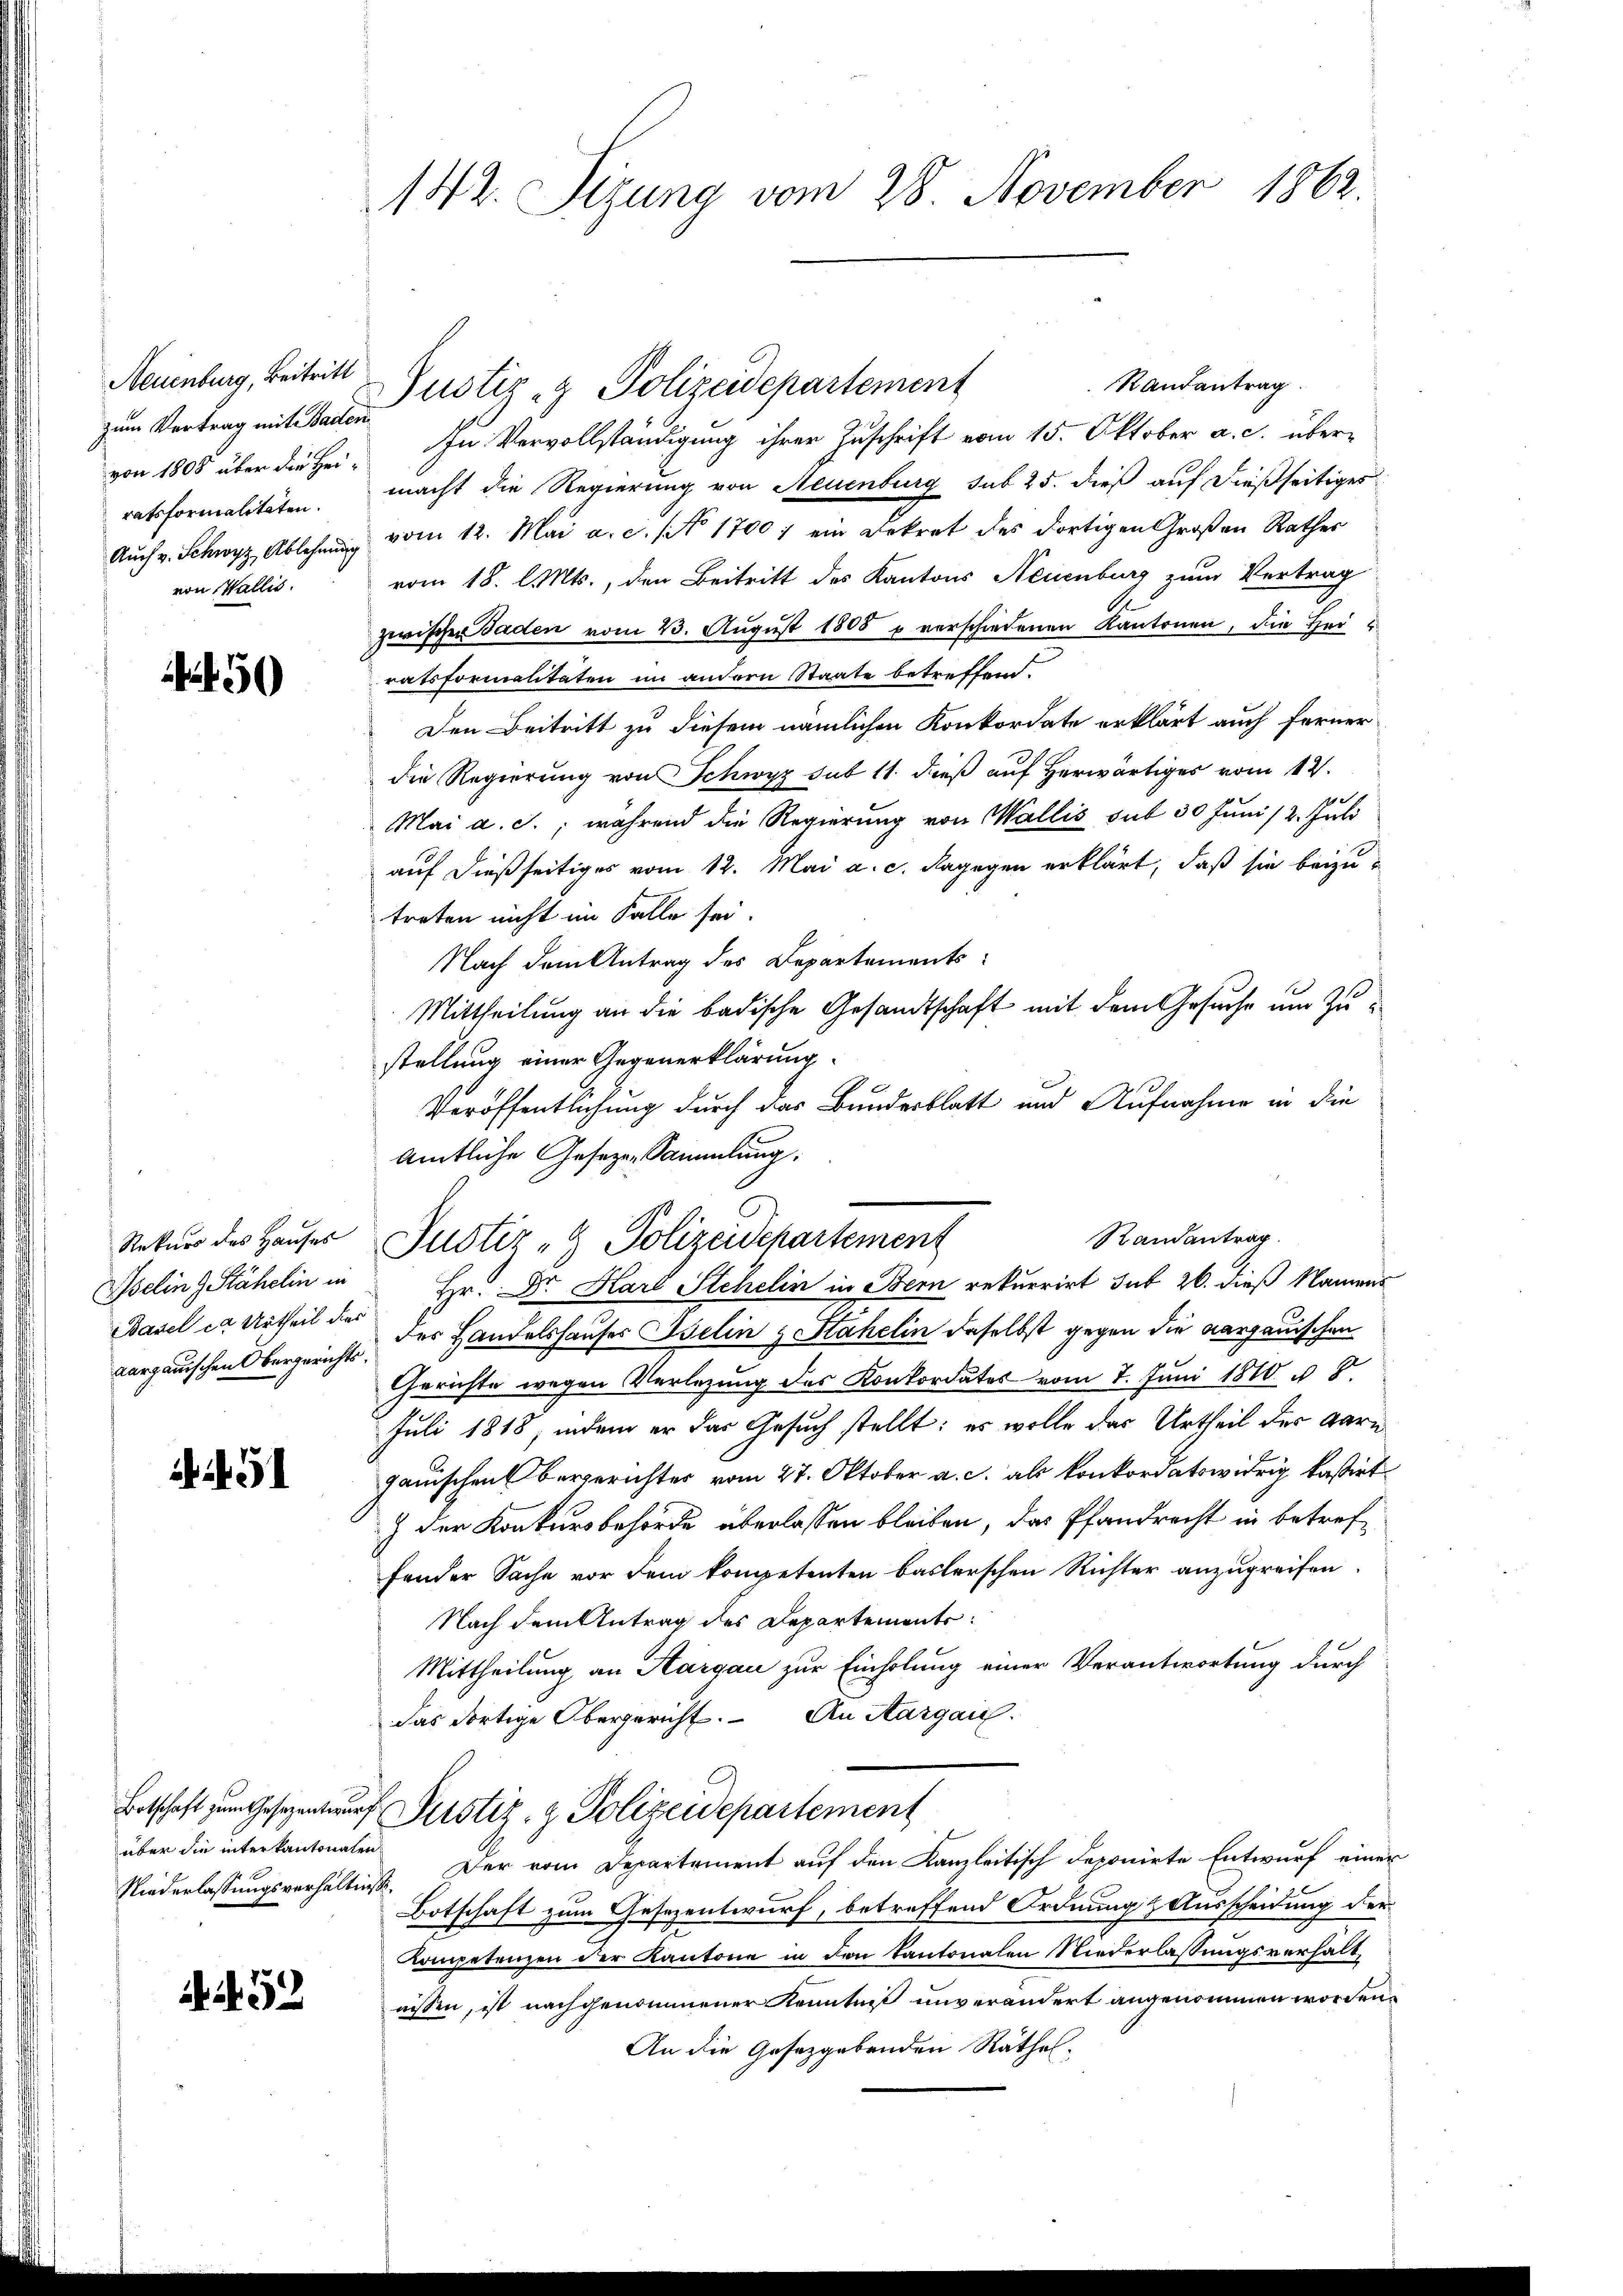
zum Vertrag mit Baden
ratsformalitäten.
von Wallis.

50

Iselin 9 Stähelin in
Basel es Urtheil dies
aargauischen Obergerichts.

451

über die interkantonalen

A 152

142. Sizung vom 28 November 1862.

Randantrag
Neuenburg, Beitritt Justiz & Polizeidepartement
von 1805 über die Hei. In Vervollständigung ihrer Zuschrift vom 15. Oktober a. c. übermacht die Regierung von Neuenburg sub 25. dieß auf dießseitiges
Aŭch v. Schwyz, Ablehnŭng vom 12. Mai a.c. No 1700 : ein Dekret des dortigen Großen Rathes
vom 18. l. Mts., den Beitritt des Kantons Neuenburg zum Vertrag
zwischen Faden vom 23. August 1805 u verschiedenen Kantonen, die Herratsformalitäten im andern Staate betreffend.
Den Beitritt zu diesem nämlichen Konkordate erklärt auch ferner
die Regierung von Schwyz sub 11. dieß auf herwärtiges vom 12.
Mai a. c., während die Regierung von Wallis sub 30 Juni /2. Juli
auf dießseitiges vom 12. Mai a. c. dagegen erklärt, daß sie beizutreten nicht im Falle sei.
Nach dem Antrag des Departements
Mittheilung an die badische Gesandtschaft mit dem Gesuche um Zustellung einer Gegenerklärung.
Veröffentlichung durch das Bundesblatt und Aufnahme in die
Amtliche Gesezen Sammlung.
Randantrag
Rekurs des Hauses Justiz - Polizeidchartement
Hr. Dr. Karl Stehelin in Bern rekurrirt sub 26. dieß Namens
der Handelshauses Iselin & Stahelin daselbst gegen die aargauischen
Gerichte wegen Verlegung des Konkordates vom 7. Juni 1810 u. 8.
Juli 1818, indem er das Gesuch stellt: es wolle das Urtheil der Garn
ganischen Bergerichter vom 27. Oktober a. c. als konkordatswidrig kasirt.
) der Konkursbehörde überlassen bleiben, das Pfandrecht in betreffonder Sache vor dem kompetenten baslerschen Richter anzugreifen.
Nach dem Antrag des Departements:
Mittheilung an Kargau zur Einholung einer Verantwortung durch
das dortige Obergericht. An Aargaić.
Botschaft zum Gesezentwŭrf Pustiz- & Polizeidepartement
Niederlassungsverhältniß. Der vom Departement auf den Kanzleitisch deponirte Entwurf einer
Botschaft zum Gesezentwurf, betreffend Ordnung & Ausscheidung der
Kompetenzen der Kantone in den Kantonalen Niederlassungsverhalt,
nissen, ist nachgenommener Kenntniß unverändert angenommen worden.
An die Gesetzgebenden Räthe.